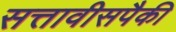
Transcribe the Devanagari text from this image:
सत्तावीसपैकी